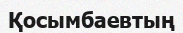
Қосымбаевтың